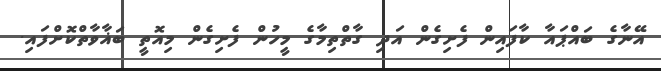
އޭނާގެ ބައްޕައާ ކާފައިން ފެށިގެން އަދި ގާތްތިމާގެ މީހުން ފެށިގެން މިއޮތީ ބަޣާވާތްކޮށްފައި.